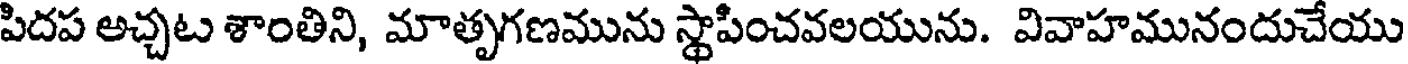
పిదప అచ్చట శాంతిని, మాతృగణమును స్థాపించవలయును. వివాహమునందుచేయు